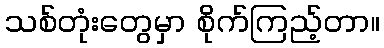
သစ်တုံးတွေမှာ စိုက်ကြည့်တာ။